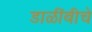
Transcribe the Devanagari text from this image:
डाळींबीचे